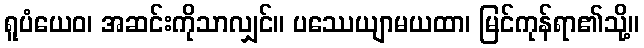
ရူပံယေဝ၊ အဆင်းကိုသာလျှင်။ ပဿေယျာမယထာ၊ မြင်ကုန်ရာ၏သို့။